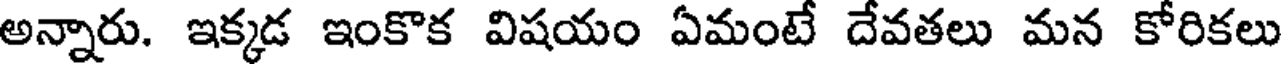
అన్నారు. ఇక్కడ ఇంకొక విషయం ఏమంటే దేవతలు మన కోరికలు